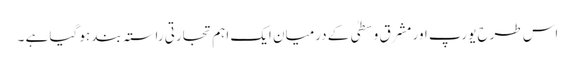
اس طرح یورپ اور مشرقِ وسطیٰ کے درمیان ایک اہم تجارتی راستہ بند ہو گیا ہے ۔